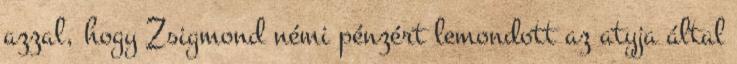
azzal, hogy Zsigmond némi pénzért lemondott az atyja által